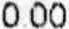
0.00